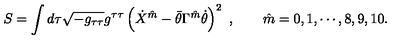
S = \int d \tau \sqrt { - g _ { \tau \tau } } g ^ { \tau \tau } \left( \dot { X } ^ { \hat { m } } - \bar { \theta } \Gamma ^ { \hat { m } } \dot { \theta } \right) ^ { 2 } \ , \qquad \hat { m } = 0 , 1 , \cdots , 8 , 9 , 1 0 .